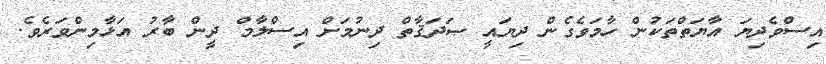
އިސްވެދިޔަ އާޔަތްތަކުން ހާމަވެގެން ދިޔައީ ޞަދަޤާތް ދިނުމަށް އިސްލާމް ދީން ބާރު އަޅާމިންވަރެވެ.